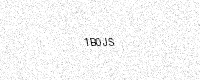
Text: 1B0JS